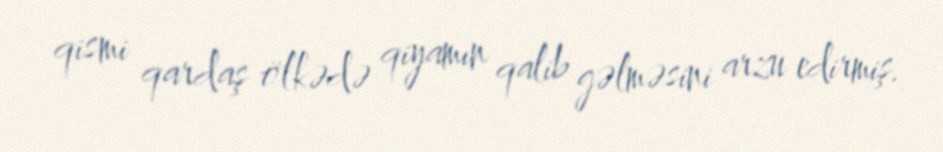
qismi qardaş ölkədə qiyamın qalib gəlməsini arzu edirmiş.